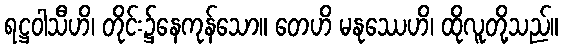
ရဋ္ဌဝါသီဟိ၊ တိုင်း၌နေကုန်သော။ တေဟိ မနုဿေဟိ၊ ထိုလူတို့သည်။